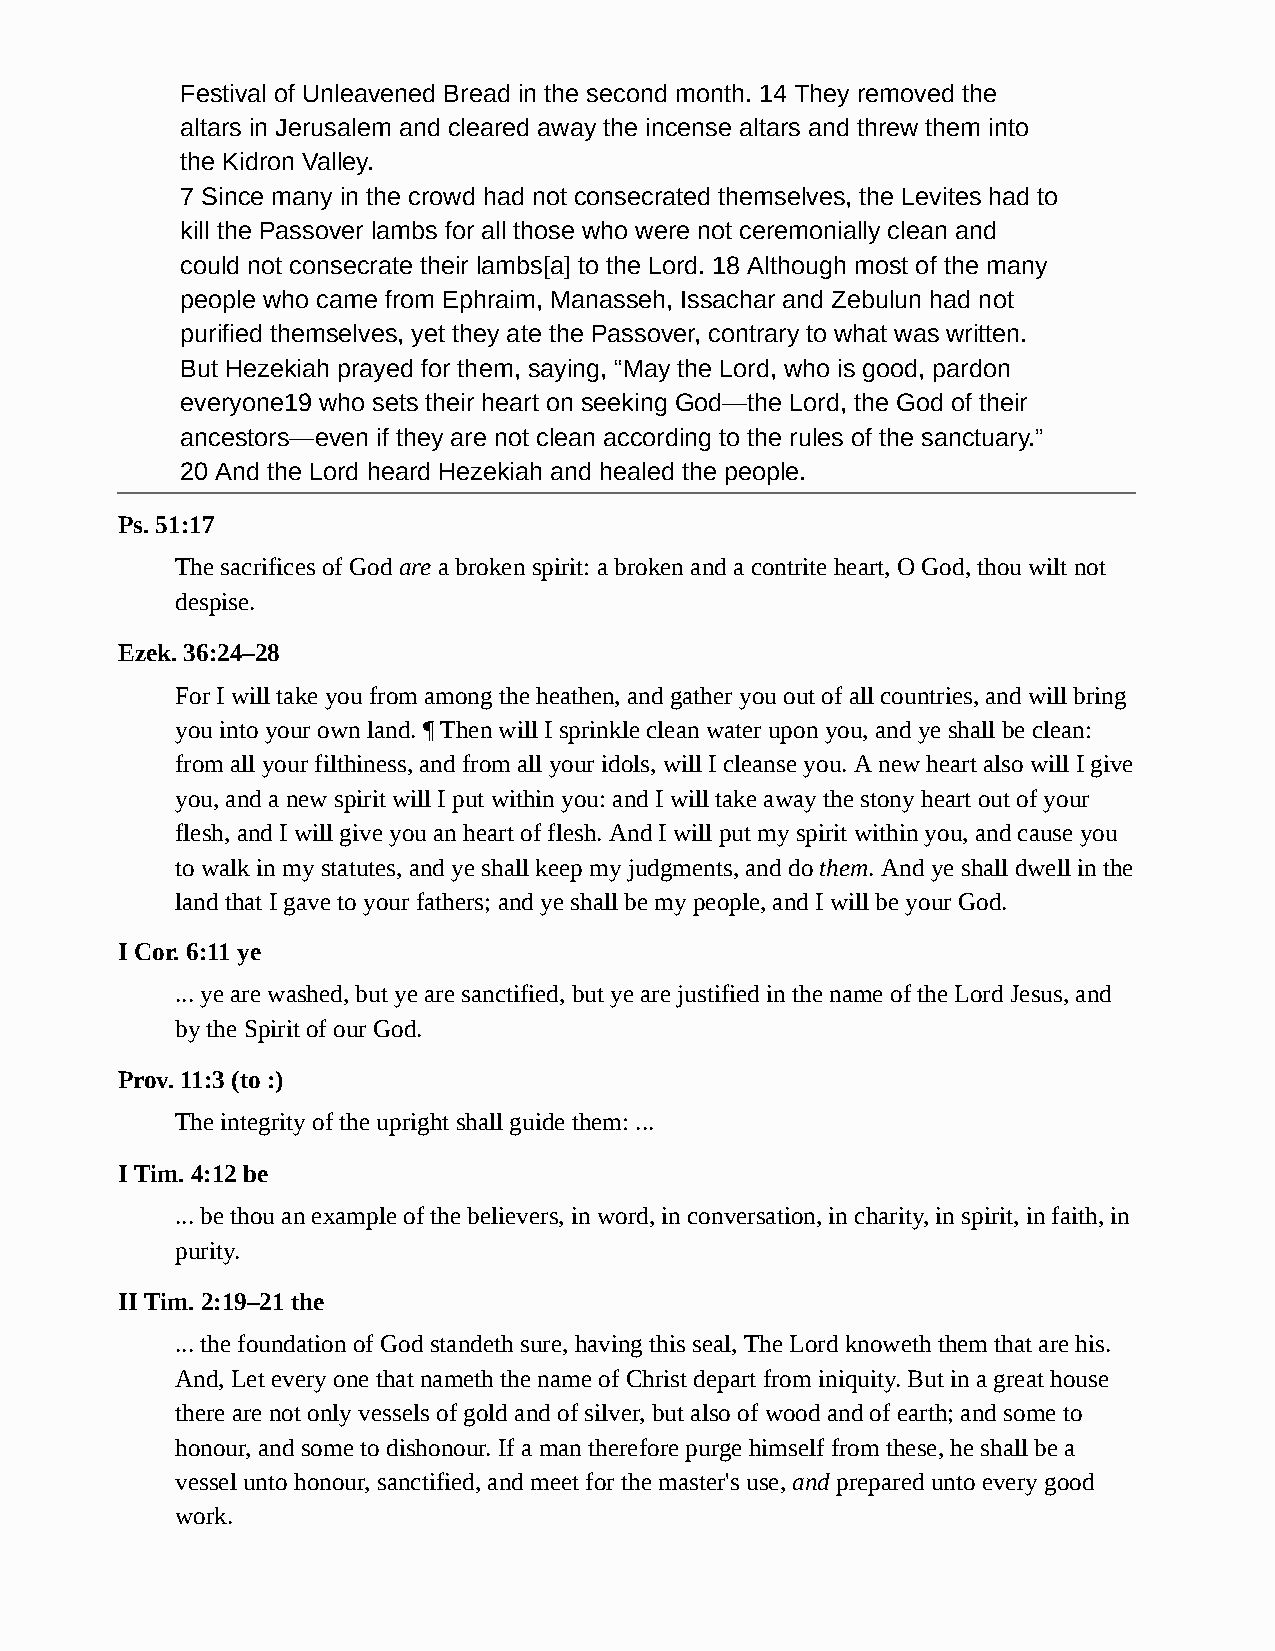
Festival of Unleavened Bread in the second month. 14 They removed the
 altars in Jerusalem and cleared away the incense altars and threw them into
 the Kidron Valley.
 7 Since many in the crowd had not consecrated themselves, the Levites had to
 kill the Passover lambs for all those who were not ceremonially clean and
 could not consecrate their lambs[a] to the Lord. 18 Although most of the many
 people who came from Ephraim, Manasseh, Issachar and Zebulun had not
 purified themselves, yet they ate the Passover, contrary to what was written.
 But Hezekiah prayed for them, saying, “May the Lord, who is good, pardon
 everyone19 who sets their heart on seeking God—the Lord, the God of their
 ancestors—even if they are not clean according to the rules of the sanctuary.”
 20 And the Lord heard Hezekiah and healed the people.
 Ps. 51:17
 The sacrifices of God are a broken spirit: a broken and a contrite heart, O God, thou wilt not
 despise.
 Ezek. 36:24–28
 For I will take you from among the heathen, and gather you out of all countries, and will bring
 you into your own land. ¶ Then will I sprinkle clean water upon you, and ye shall be clean:
 from all your filthiness, and from all your idols, will I cleanse you. A new heart also will I give
 you, and a new spirit will I put within you: and I will take away the stony heart out of your
 flesh, and I will give you an heart of flesh. And I will put my spirit within you, and cause you
 to walk in my statutes, and ye shall keep my judgments, and do them. And ye shall dwell in the
 land that I gave to your fathers; and ye shall be my people, and I will be your God.
 I Cor. 6:11 ye
 ... ye are washed, but ye are sanctified, but ye are justified in the name of the Lord Jesus, and
 by the Spirit of our God.
 Prov. 11:3 (to :)
 The integrity of the upright shall guide them: ...
 I Tim. 4:12 be
 ... be thou an example of the believers, in word, in conversation, in charity, in spirit, in faith, in
 purity.
 II Tim. 2:19–21 the
 ... the foundation of God standeth sure, having this seal, The Lord knoweth them that are his.
 And, Let every one that nameth the name of Christ depart from iniquity. But in a great house
 there are not only vessels of gold and of silver, but also of wood and of earth; and some to
 honour, and some to dishonour. If a man therefore purge himself from these, he shall be a
 vessel unto honour, sanctified, and meet for the master's use, and prepared unto every good
 work.